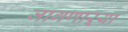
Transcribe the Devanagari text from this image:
जागणाऱ्या